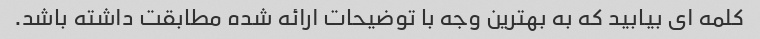
کلمه ای بیابید که به بهترین وجه با توضیحات ارائه شده مطابقت داشته باشد.